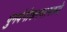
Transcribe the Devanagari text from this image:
पुनर्वनीकरणामध्ये